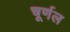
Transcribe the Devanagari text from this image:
चूर्णल